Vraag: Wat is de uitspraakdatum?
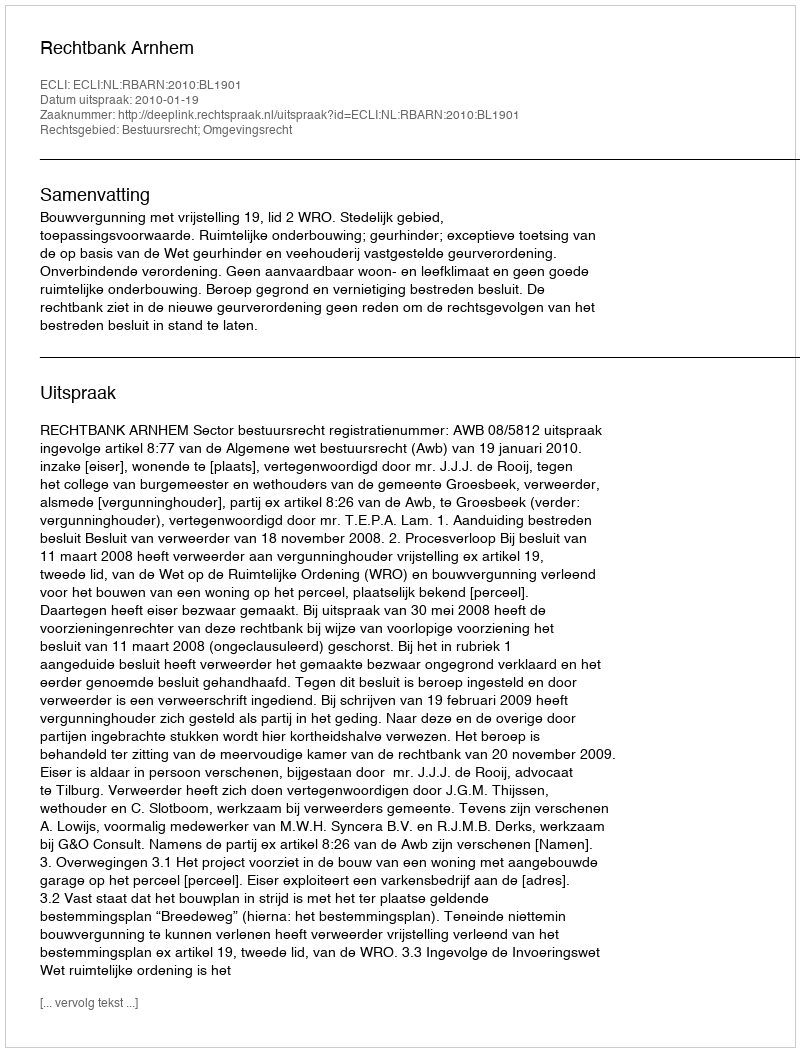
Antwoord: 2010-01-19